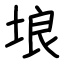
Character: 埌